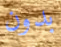
بدون